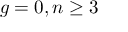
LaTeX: g = 0 , n \geq 3